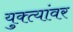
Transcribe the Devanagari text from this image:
युक्त्यांवर